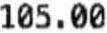
105.00